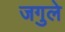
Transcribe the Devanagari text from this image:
जगुले